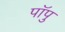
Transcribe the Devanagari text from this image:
पॉपु